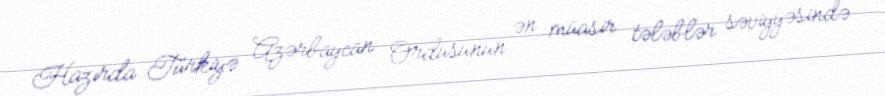
Hazırda Türkiyə Azərbaycan Ordusunun ən müasir tələblər səviyyəsində